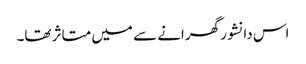
اس دانشور گھرانے سے میں متاثر تھا۔